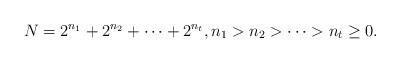
LaTeX: \begin{align*}N=2^{n_{1}}+2^{n_{2}}+\cdots+2^{n_{t}},n_{1}>n_{2}>\cdots>n_{t}\geq 0.\end{align*}